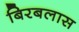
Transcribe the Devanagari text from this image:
बिरबलास